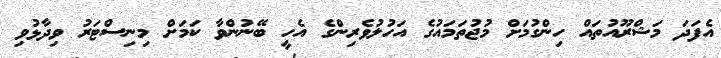
އެފަދަ މަޝްރޫއުތައް ހިންގުމަށް މުޖުތަމައުގެ އަހުލުވެރިންގެ އެހީ ބޭނުންވާ ކަމަށް މިނިސްޓަރު ވިދާޅުވި